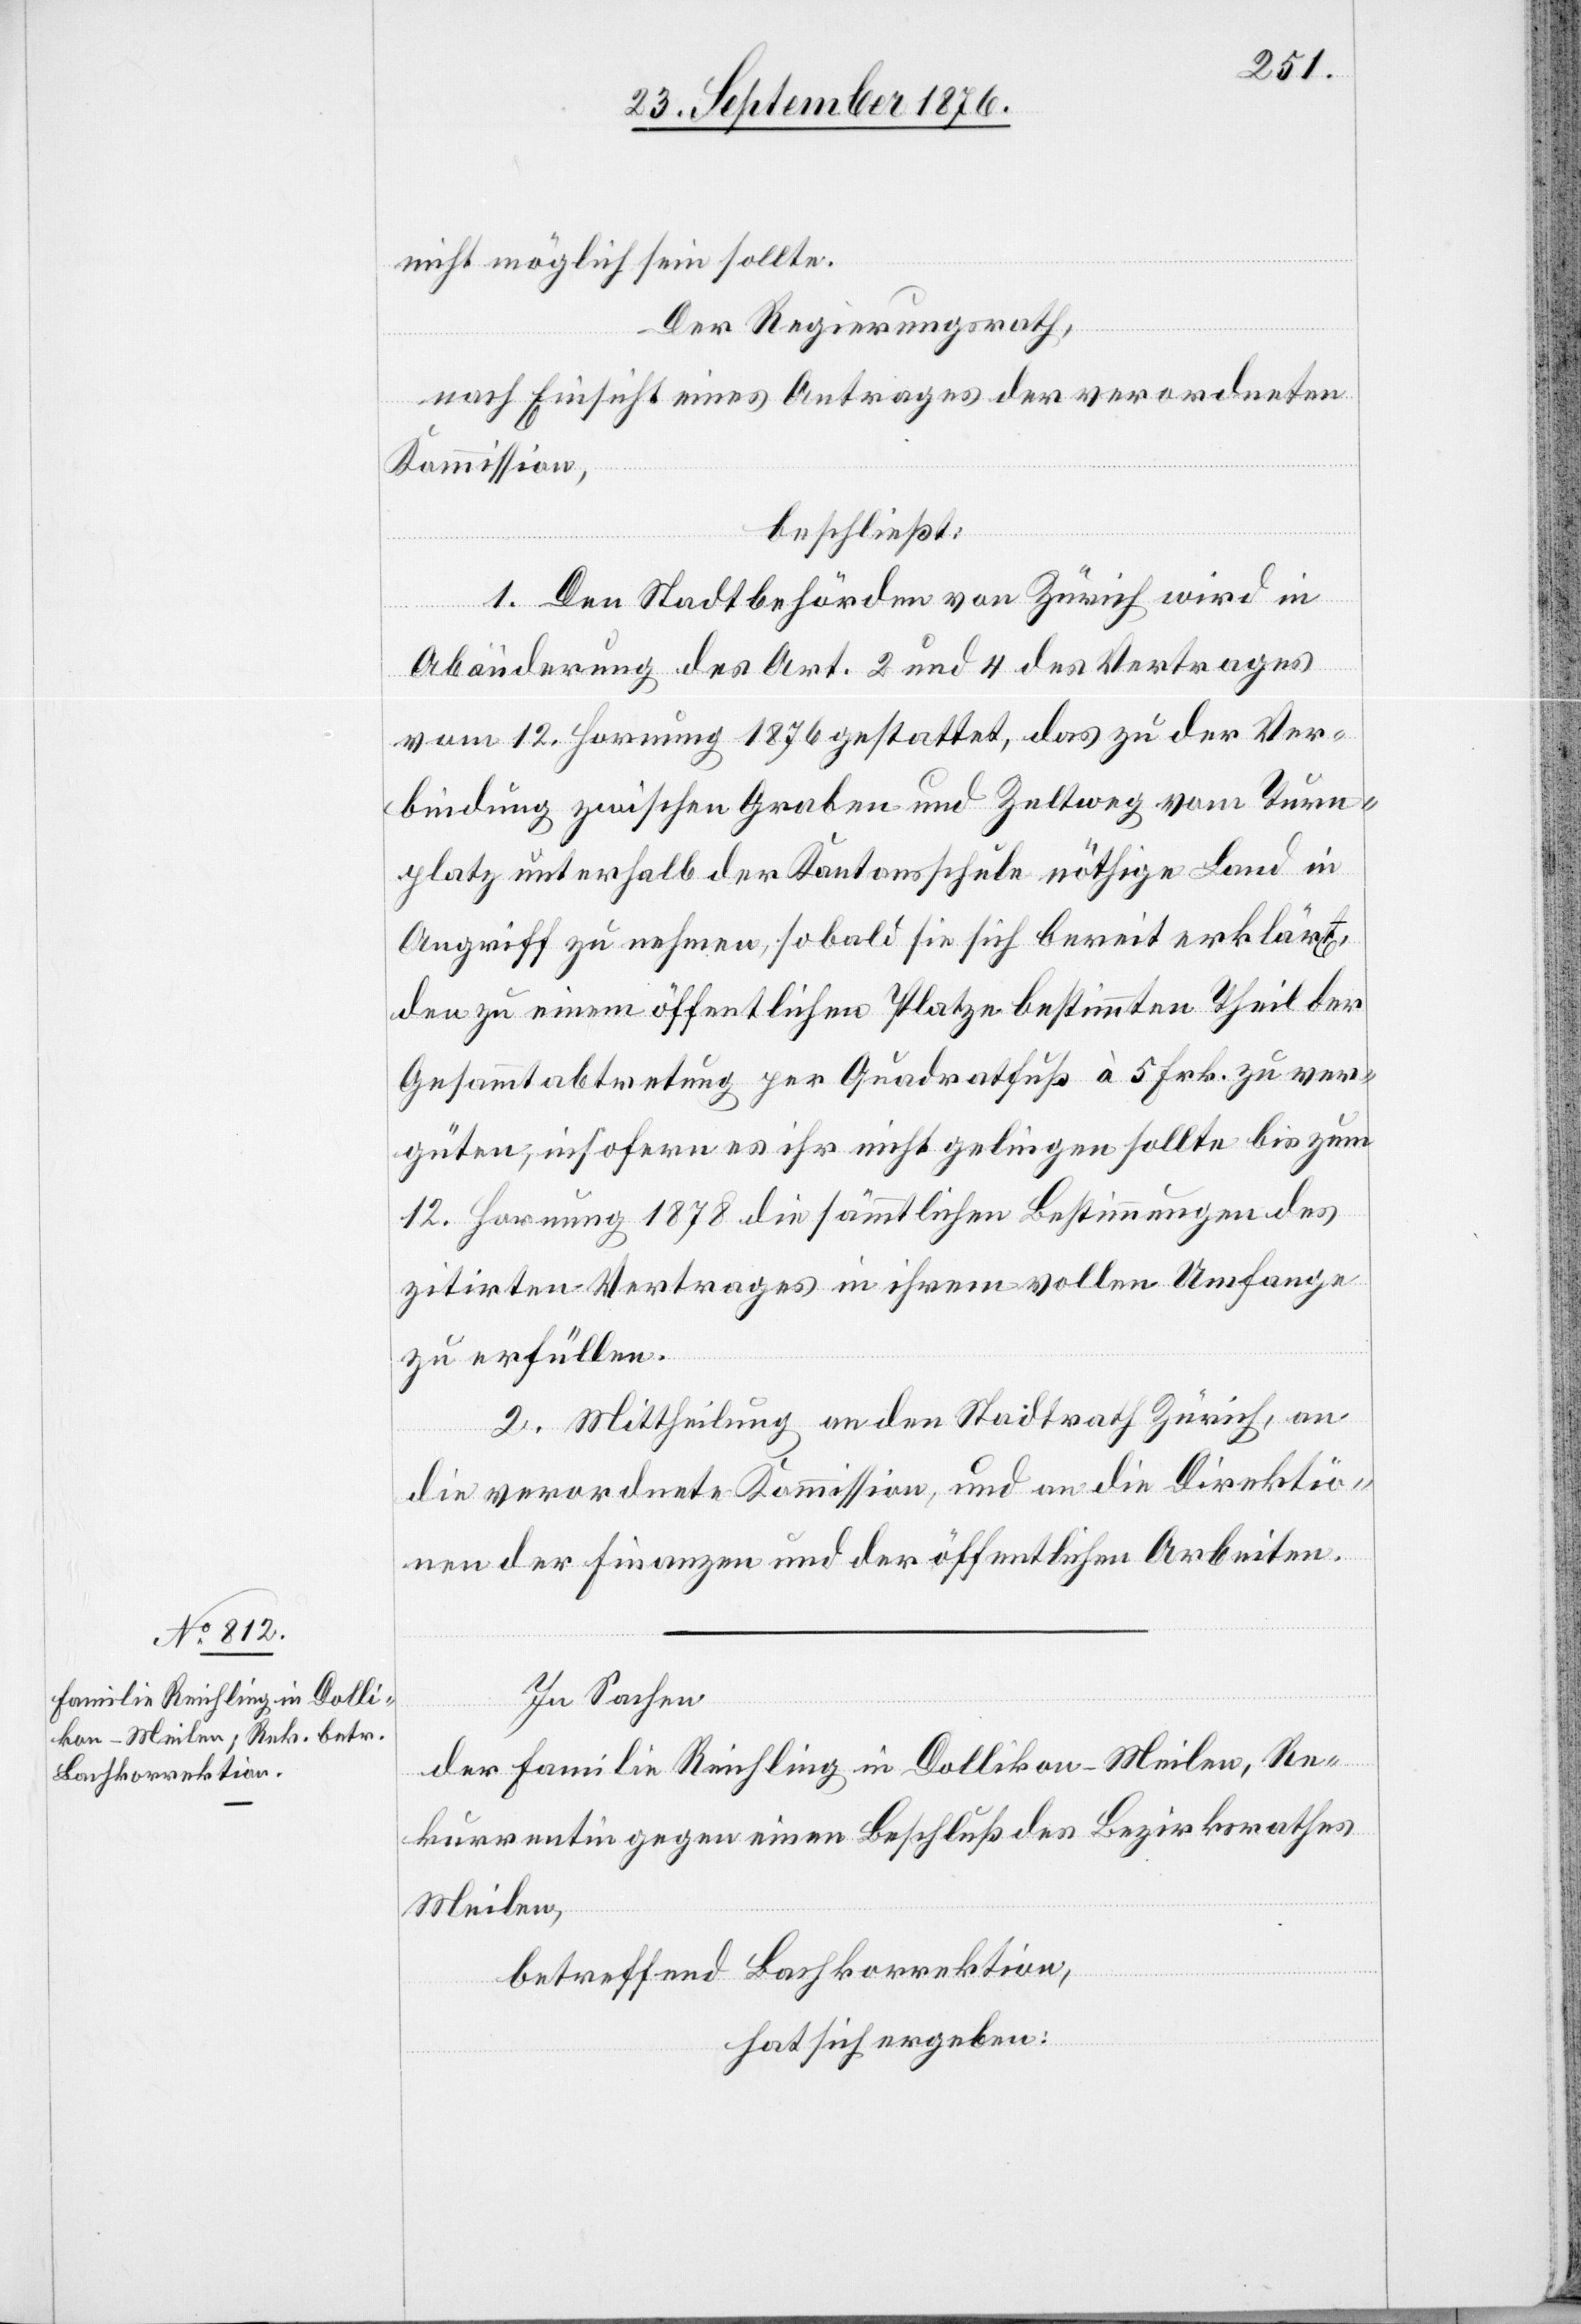
21.
24.
der